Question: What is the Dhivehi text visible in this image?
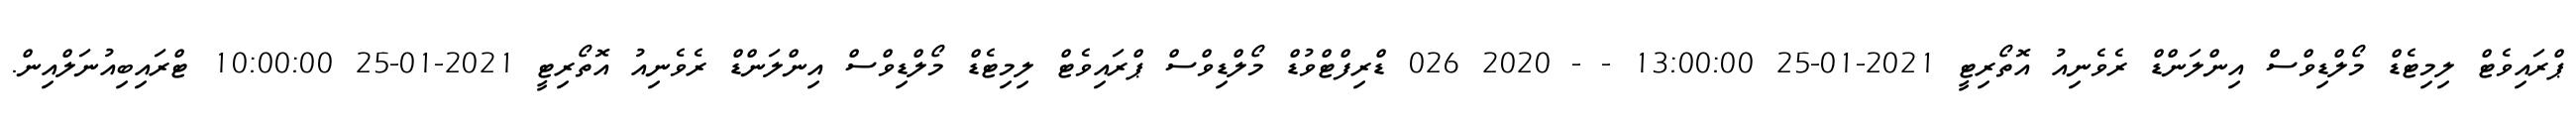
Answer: ޕްރައިވެޓް ލިމިޓެޑް މޯލްޑިވްސް އިންލަންޑް ރެވެނިއު އޮތޯރިޓީ 2021-01-25 13:00:00 - - 2020 026 ޑްރިފްޓްވުޑް މޯލްޑިވްސް ޕްރައިވެޓް ލިމިޓެޑް މޯލްޑިވްސް އިންލަންޑް ރެވެނިއު އޮތޯރިޓީ 2021-01-25 10:00:00 ޓްރައިބިއުނަލްއިން.